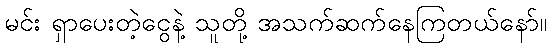
မင်း ရှာပေးတဲ့ငွေနဲ့ သူတို့ အသက်ဆက်နေကြတယ်နော်။